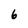
Character: 6